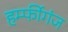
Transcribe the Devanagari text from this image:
हर्म्फीगंज